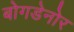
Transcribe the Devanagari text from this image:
बोगडेनोर